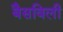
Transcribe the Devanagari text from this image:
बैसविली